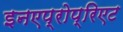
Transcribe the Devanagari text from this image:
इनएप्रोप्रिएट